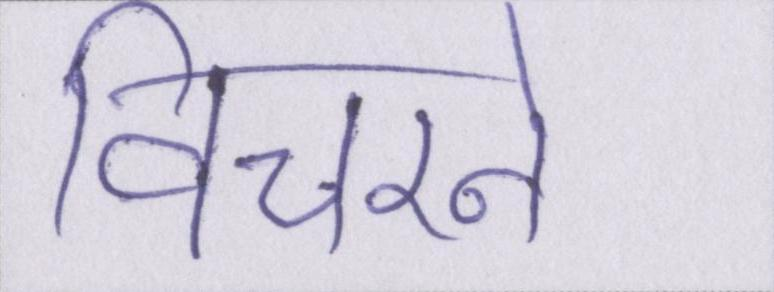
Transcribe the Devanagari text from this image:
विचरने